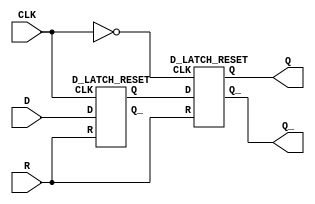
module D_FLIP_FLOP_FE_ASR_LOW(Q,Q_,D,CLK,R);
    input D,CLK,R;
    output Q,Q_;
    wire c,q,r;

    nand(c,CLK,CLK);

    D_LATCH_RESET d1(q,,D,CLK,R);
    D_LATCH_RESET d2(Q,Q_,q,c,R);

endmodule

module D_LATCH_RESET(Q,Q_,D,CLK,R);
    input D,CLK,R;
    output Q,Q_;
    wire a,b,d_;

    nand(d_,D,D);
    nand(a,D,CLK);
    nand(b,d_,CLK);
    NAND3 n1(Q,1'b1,Q_,a);
    NAND3 n2(Q_,R,Q,b);
endmodule

module NAND3(Y,A,B,C);
output Y;
input A,B,C;
wire x,y;
AND a1(x,A,B);
AND a2(y,x,C);
nand (Y,y,y);
endmodule

module AND(Y,A,B);
	input A,B;
	output Y;
	wire x;	
	nand(x,A,B);
	nand(Y,x,x);
endmodule

module NOT(Y,A);
	input A;
	output Y;
	nand(Y,A,A);
endmodule

module OR(Y,A,B);
	input A,B;
	output Y;
	wire x,z;
	nand (x,A,A);
	nand (z,B,B);
	nand (Y,x,z);
endmodule